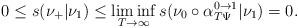
LaTeX: \begin{align*}0\le s(\nu_+|\nu_1)\le\liminf_{T\to\infty}s(\nu_0\circ\alpha_{T\Psi}^{0\to1}|\nu_1)=0.\end{align*}